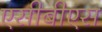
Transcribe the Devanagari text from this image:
एसीबीएस